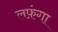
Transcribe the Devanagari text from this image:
लफ़ंगा